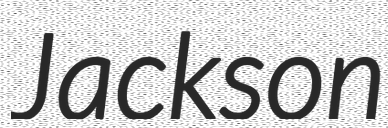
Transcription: Jackson